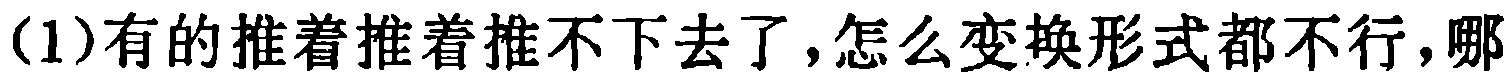
(1)有的推着推着推不下去了,怎么变换形式都不行,哪